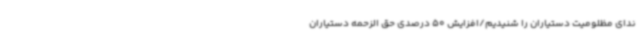
ندای مظلومیت دستیاران را شنیدیم/افزایش 50 درصدی حق الزحمه دستیاران